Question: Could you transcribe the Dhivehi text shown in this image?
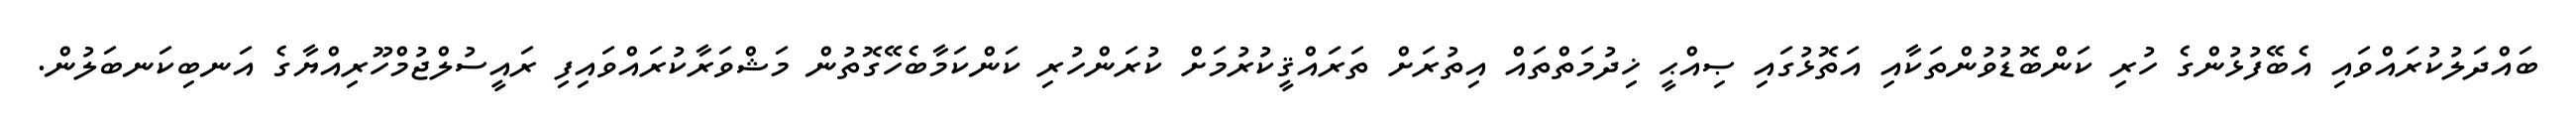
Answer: ބައްދަލުކުރައްވައި އެބޭފުޅުންގެ ހުރި ކަންބޮޑުވުންތަކާއި އަތޮޅުގައި ޞިއްޙީ ޚިދުމަތްތައް އިތުރަށް ތަރައްޤީކުރުމަށް ކުރަންހުރި ކަންކަމާބެހޭގޮތުން މަޝްވަރާކުރައްވައިފި ރައީސުލްޖުމްހޫރިއްޔާގެ އަނބިކަނބަލުން.